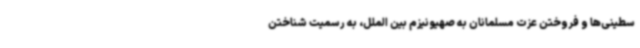
سطینی‌ها و فروختن عزت مسلمانان به صهیونیزم بین الملل، به رسمیت شناختن